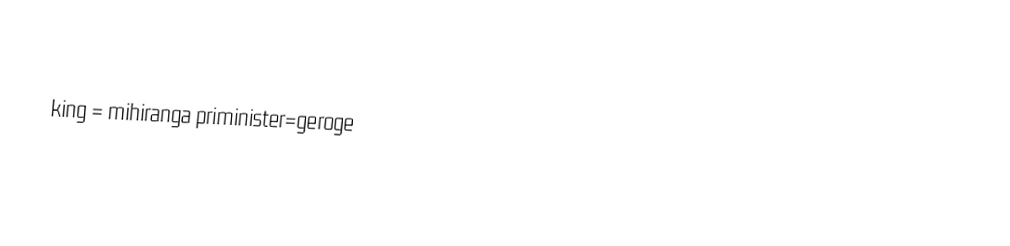

king = mihiranga          priminister=geroge